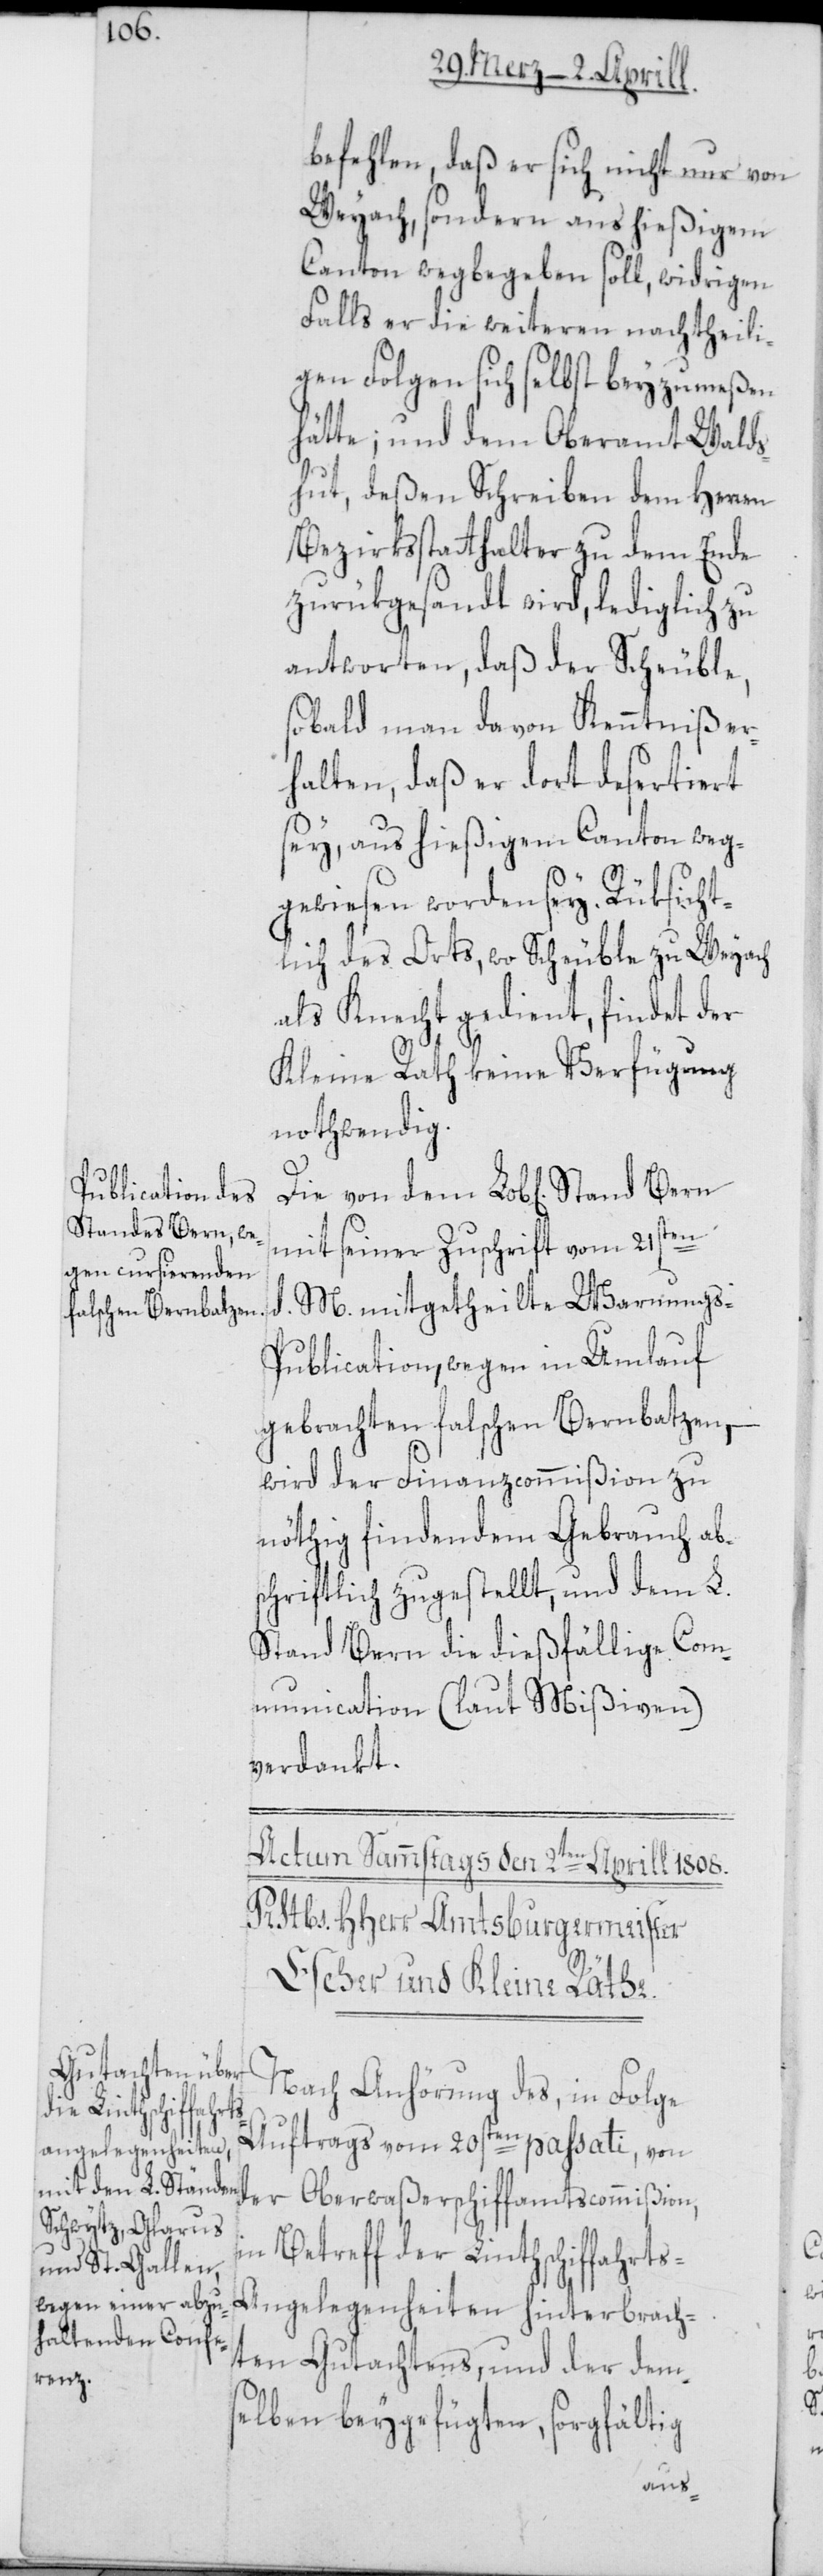
befehlen, daß er sich nicht nur von
Weyach, sondern aus hießigem
Canton wegbegeben soll, widrigen
Falls er die weiteren nachtheili¬
gen Folgen sich selbst beyzumeßen
hätte; und dem Oberamt Wald¬
shut, deßen Schreiben dem Herren
Bezirksstatthalter zu dem Ende
zurükgesandt wird, lediglich zu
antworten, daß der Scheuble,
sobald man davon Kenntniß er¬
halten, daß er dort desertiert
sey, aus hießigem Canton weg¬
gewiesen worden sey. Rüksicht¬
lich des Orts, wo Scheuble zu Weyach
als Knecht gedient, findet der
Kleine Rath keine Verfügung
nothwendig.
mit seiner Zuschrift vom 21sten
d. M. mitgetheilte Warnungs-P¬
ublication, wegen in Umlauf
gebrachten falschen Bernbatzen, –
wird der Finanzcommißion zu
nöthig findendem Gebrauch ab¬
schriftlich zugestellt, und dem L.
Stand Bern die dießfällige Com¬
munication (laut Mißiven)
verdankt.
Nach Anhörung des, in Folge
Auftrags vom 20sten passati, von
in Betreff der Linthschiffahrt¬
s-Angelegenheiten hinterbrach¬
ten Gutachtens, und der dem¬
selben beygefügten sorgfältig